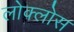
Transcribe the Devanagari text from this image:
लोक्लोस